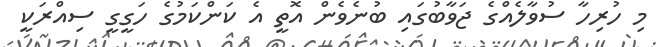
މި ހުރިހާ ސުވާލެއްގެ ޖަވާބުގައި ބުނެވެން އޮތީ އެ ކަންކަމުގެ ހަގީގީ ސިއްރަކީ